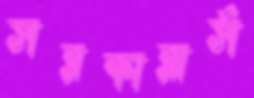
সরকারার্স